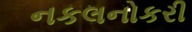
નકલનોકરી